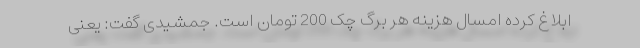
ابلاغ کرده امسال هزینه هر برگ چک 200 تومان است. جمشیدی گفت:‌ یعنی